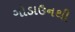
ગોડાઉનથી